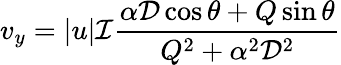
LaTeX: v_{y}=\left|u\right|{\mathcal{I}}\frac{\alpha{\mathcal{D}}\cos\theta+Q\sin\theta}{Q^{2}+\alpha^{2}{\mathcal{D}}^{2}}